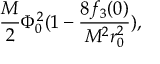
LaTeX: \frac { M } { 2 } \Phi _ { 0 } ^ { 2 } ( 1 - \frac { 8 f _ { 3 } ( 0 ) } { M ^ { 2 } r _ { 0 } ^ { 2 } } ) ,